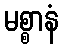
မစ္စာနံ